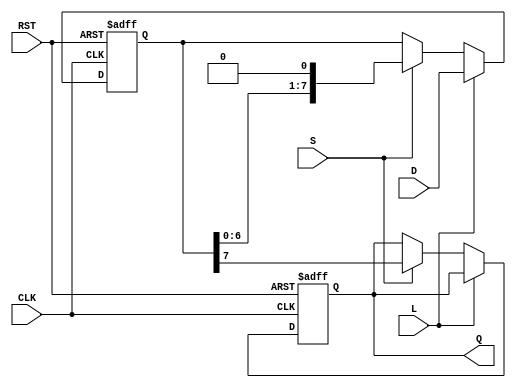
module PISO_Register #(
    parameter N = 8  // Number of bits in the register
)(
    input wire [N-1:0] D,  // Parallel data input
    input wire L,          // Load control signal
    input wire S,          // Shift control signal
    input wire CLK,        // Clock signal
    input wire RST,        // Reset signal
    output reg Q           // Serial output
);

    reg [N-1:0] shift_reg;  // Shift register to hold the data

    always @(posedge CLK or posedge RST) begin
        if (RST) begin
            // Reset the shift register and output
            shift_reg <= {N{1'b0}};
            Q <= 1'b0;
        end else begin
            if (L) begin
                // Load data into the shift register
                shift_reg <= D;
            end else if (S) begin
                // Shift data out serially
                Q <= shift_reg[N-1]; // Output the MSB
                shift_reg <= {shift_reg[N-2:0], 1'b0}; // Shift left
            end
        end
    end

endmodule